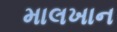
માલખાન